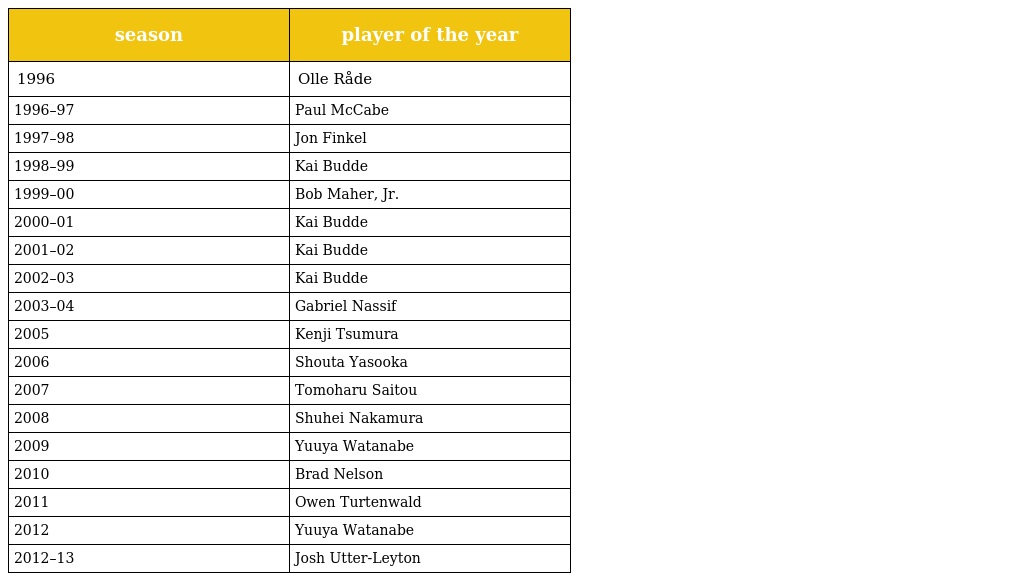
| season | player of the year |
 | --- | --- |
 | 1996 | Olle Råde |
 | 1996–97 | Paul McCabe |
 | 1997–98 | Jon Finkel |
 | 1998–99 | Kai Budde |
 | 1999–00 | Bob Maher, Jr. |
 | 2000–01 | Kai Budde |
 | 2001–02 | Kai Budde |
 | 2002–03 | Kai Budde |
 | 2003–04 | Gabriel Nassif |
 | 2005 | Kenji Tsumura |
 | 2006 | Shouta Yasooka |
 | 2007 | Tomoharu Saitou |
 | 2008 | Shuhei Nakamura |
 | 2009 | Yuuya Watanabe |
 | 2010 | Brad Nelson |
 | 2011 | Owen Turtenwald |
 | 2012 | Yuuya Watanabe |
 | 2012–13 | Josh Utter-Leyton |